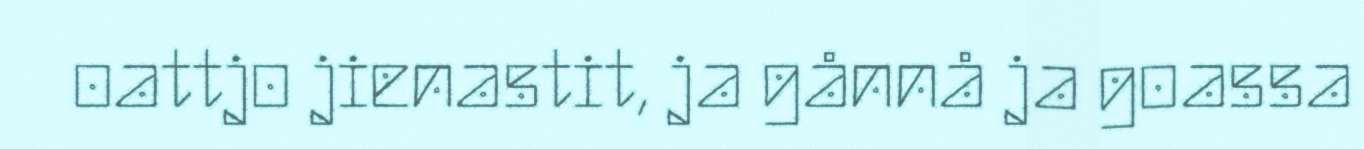
oattjo jienastit, ja gånnå ja goassa